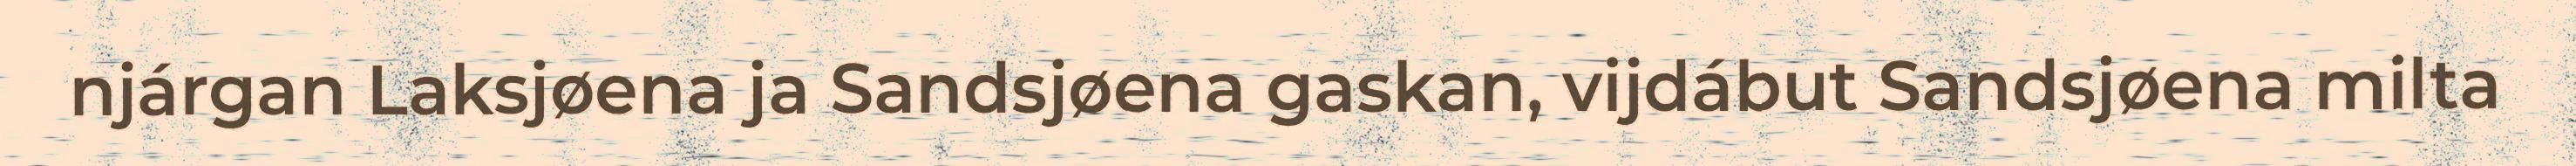
njárgan Laksjøena ja Sandsjøena gaskan, vijdábut Sandsjøena milta